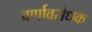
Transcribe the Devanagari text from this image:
वर्णावरोधक